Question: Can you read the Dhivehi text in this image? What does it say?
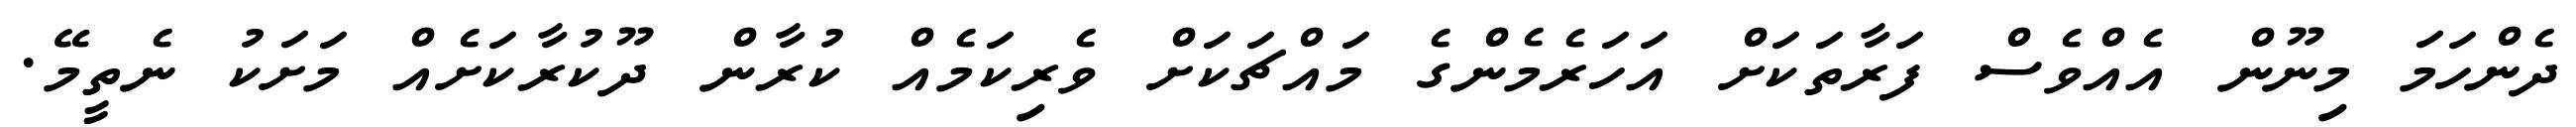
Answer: ދެންހަމަ މިނޫން އެއްވެސް ފަރާތަކަށް އަހަރެމެންގެ މައްޗަކަށް ވެރިކަމެއް ކުރާން ދޫކުރާކަށެއް މަށަކު ނެތީމޭ.